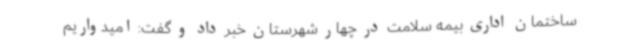
ساختمان اداری بیمه سلامت در چهار شهرستان خبر داد و گفت: امیدواریم